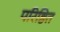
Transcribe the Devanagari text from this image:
परिष्ठित